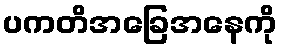
ပကတိအခြေအနေကို